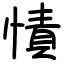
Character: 㥽